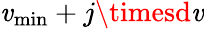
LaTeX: \mathit{v}_{\operatorname*{min}}+j\timesd\mathit{v}